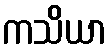
ကသိယာ